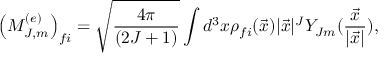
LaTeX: \left( M _ { J , m } ^ { ( e ) } \right) _ { f i } = \sqrt { { \frac { 4 \pi } { ( 2 J + 1 ) } } } \int d ^ { 3 } x \rho _ { f i } ( \vec { x } ) | \vec { x } | ^ { J } Y _ { J m } ( { \frac { \vec { x } } { | \vec { x } | } } ) ,